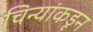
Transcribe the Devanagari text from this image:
चिन्यांकडून